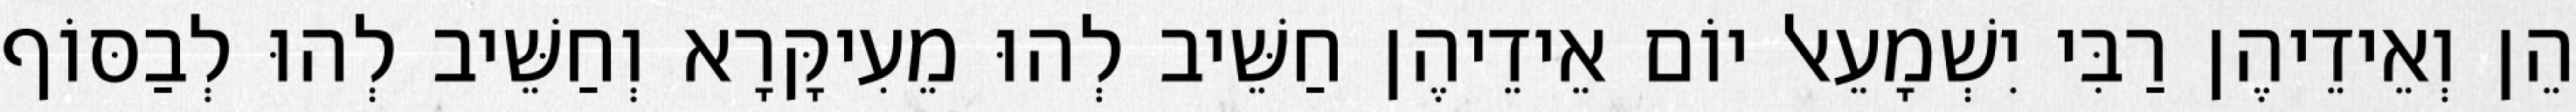
הֵן וְאֵידֵיהֶן רַבִּי יִשְׁמָעֵאל יוֹם אֵידֵיהֶן חַשֵּׁיב לְהוּ מֵעִיקָּרָא וְחַשֵּׁיב לְהוּ לְבַסּוֹף